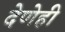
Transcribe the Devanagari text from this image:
देणेही